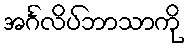
အင်္ဂလိပ်ဘာသာကို